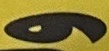
و